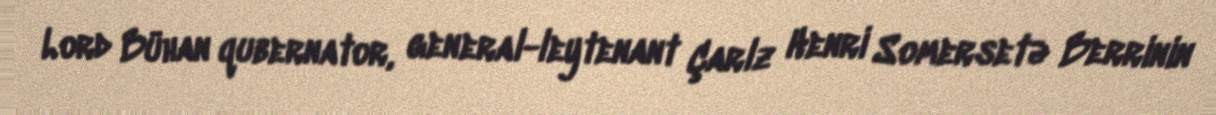
Lord Bühan qubernator, general-leytenant Çarlz Henri Somersetə Berrinin